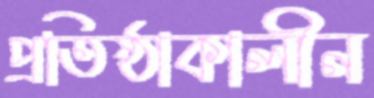
প্রতিষ্ঠাকালীন